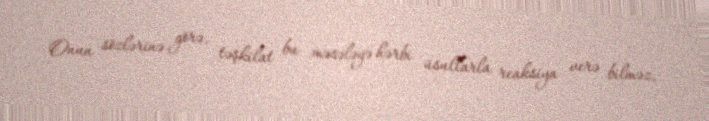
Onun sözlərinə görə, təşkilat bu məsələyə hərbi üsullarla reaksiya verə bilməz,